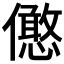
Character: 𠐣